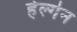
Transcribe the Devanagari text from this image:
हेल्गेन